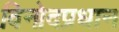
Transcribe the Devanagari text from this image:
विनोदप्रधान